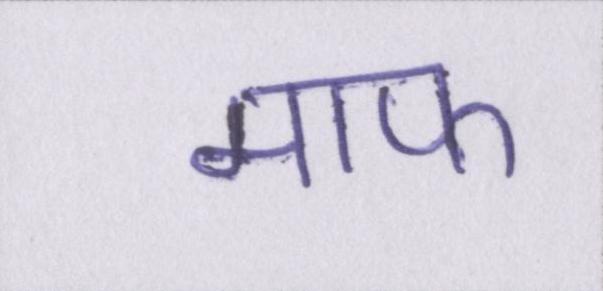
माफ